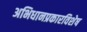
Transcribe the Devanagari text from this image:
अभिधानप्रकारविशेष